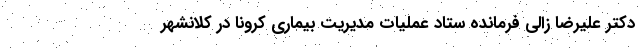
دکتر علیرضا زالی فرمانده ستاد عملیات مدیریت بیماری کرونا در کلانشهر